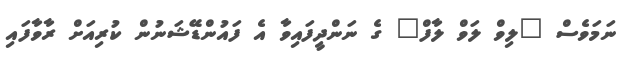
ނަމަވެސް "ލިވް ލަވް ލާފް" ގެ ނަންދީފައިވާ އެ ފައުންޑޭޝަނުން ކުރިއަށް ރާވާފައި